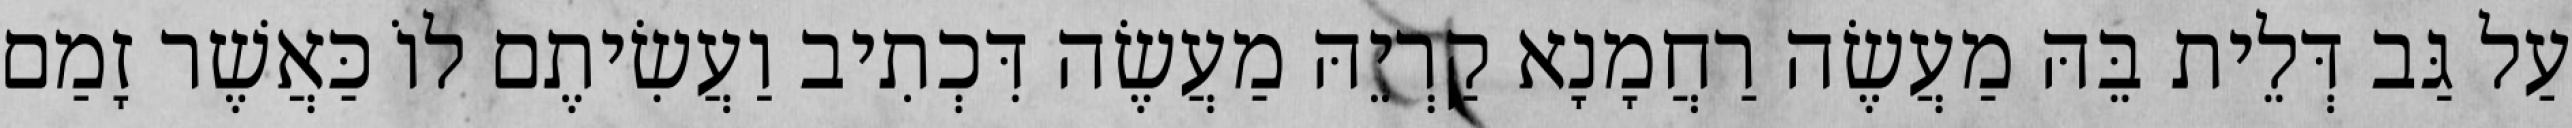
עַל גַּב דְּלֵית בֵּהּ מַעֲשֶׂה רַחֲמָנָא קַרְיֵהּ מַעֲשֶׂה דִּכְתִיב וַעֲשִׂיתֶם לוֹ כַּאֲשֶׁר זָמַם